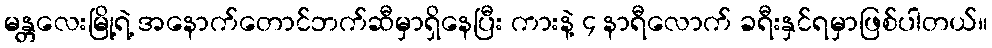
မန္တလေးမြို့ရဲ့ အနောက်တောင်ဘက်ဆီမှာရှိနေပြီး ကားနဲ့ ၄ နာရီလောက် ခရီးနှင်ရမှာဖြစ်ပါတယ်။